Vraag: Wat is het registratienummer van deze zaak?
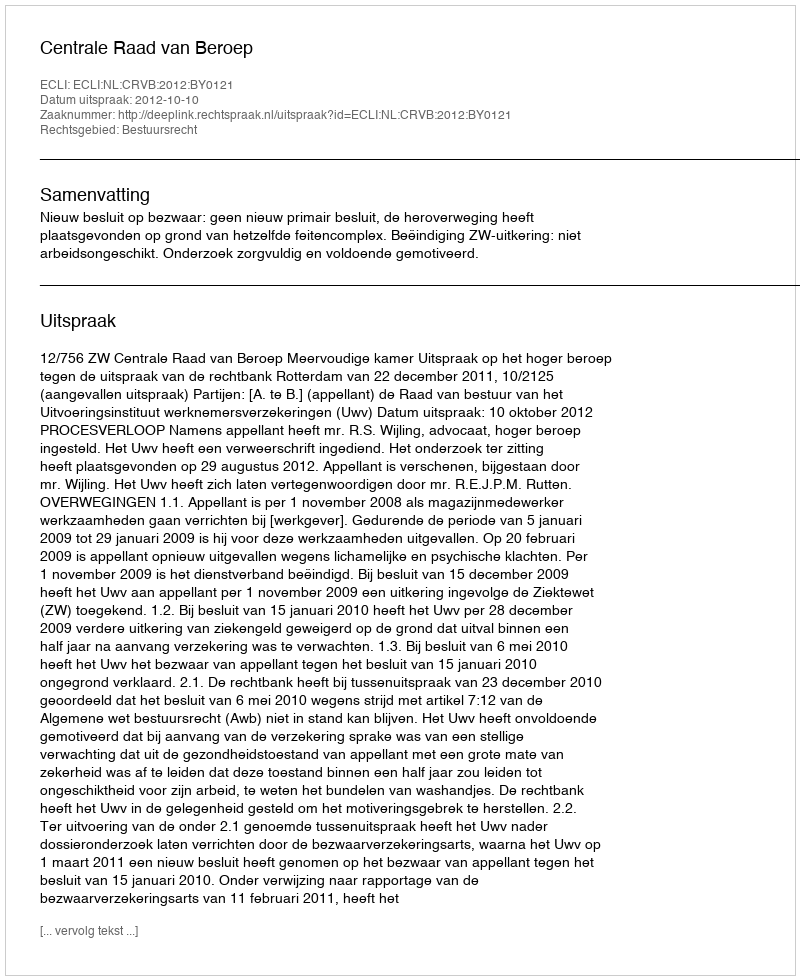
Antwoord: http://deeplink.rechtspraak.nl/uitspraak?id=ECLI:NL:CRVB:2012:BY0121